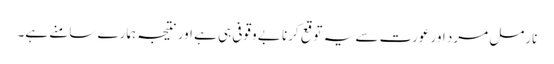
نارمل مرد اور عورت سے یہ توقع کرنا بے وقوفی ہی ہے اور نتیجہ ہمارے سامنے ہے۔